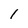
Character: 1